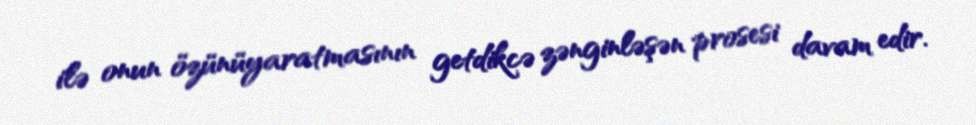
ilə onun özünüyaratmasının getdikcə zənginləşən prosesi davam edir.